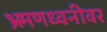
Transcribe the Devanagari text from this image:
भ्रमणध्वनीवर